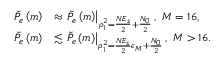
\begin{array} { r l } { \tilde { P } _ { e } \left( m \right) } & { \approx \left. \tilde { P } _ { e } \left( m \right) \right| _ { \rho _ { 1 } ^ { 2 } = \frac { N E _ { s } } { 2 } + \frac { N _ { 0 } } { 2 } } , \ M = 1 6 , } \\ { \tilde { P } _ { e } \left( m \right) } & { \lesssim \left. \tilde { P } _ { e } \left( m \right) \right| _ { \rho _ { 1 } ^ { 2 } = \frac { N E _ { s } } { 2 } \epsilon _ { M } + \frac { N _ { 0 } } { 2 } } , \ M > 1 6 . } \end{array}